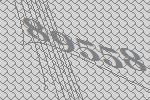
89558